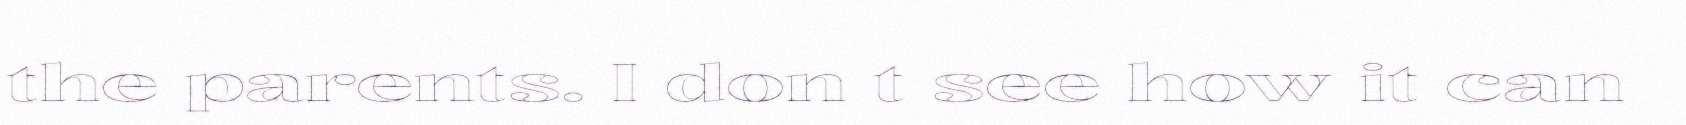
the parents. I don t see how it can